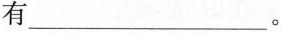
有___。